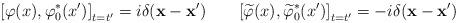
LaTeX: \begin{align*}\left[ \varphi (x),\varphi _0^{*}(x^{\prime })\right]_{t=t^{\prime }}=i\delta (\mathbf{x}-\mathbf{x}^{\prime})\hspace{0.3in}\left[ \widetilde{ \varphi }(x),\widetilde{\varphi}_0^{*}(x^{\prime })\right] _{t=t^{\prime }}=-i\delta(\mathbf{x}-\mathbf{x}^{\prime })\end{align*}